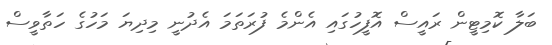
ބަލާ ކޮމިޓީން ރައީސް އޮފީހުގައި އެންމެ ފުރަތަމަ އެދުނީ މިދިޔަ މަހުގެ ހަތާވީސް